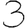
Digit: 3